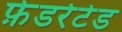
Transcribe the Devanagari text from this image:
फ़ेडरेटेड